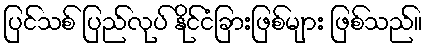
ပြင်သစ် ပြည်လုပ် နိုင်ငံခြားဖြစ်များ ဖြစ်သည်။